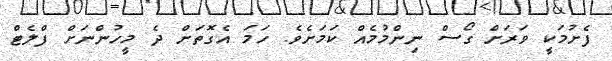
ފެށުމަކީ ވަރަށް ގޯސް ނިންމުމެއް ކަމަށެވެ. ހަމަ އެގޮތަށް ދެ މީހުންނަށް ފްލެޓް